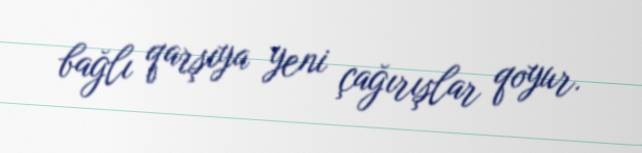
bağlı qarşıya yeni çağırışlar qoyur.